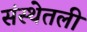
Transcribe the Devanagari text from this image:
संस्थेतली